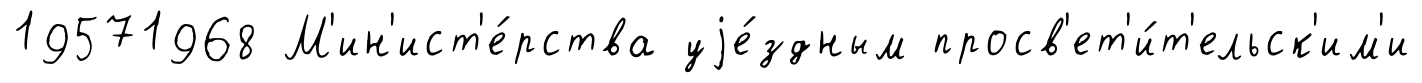
19571968 М'ин'ист'е́рства уjе́здным просв'ет'и́т'ельск'им'и